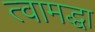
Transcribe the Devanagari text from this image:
त्वामद्धा